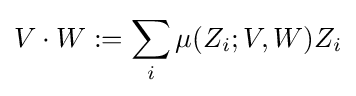
V\cdot W:=\sum _{i}\mu (Z_{i};V,W)Z_{i}